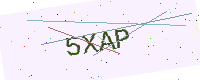
Text: 5XAP